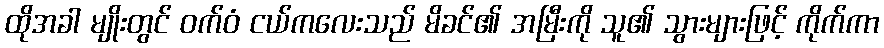
ထိုအခါ မျိုးတွင် ဝက်ဝံ ငယ်ကလေးသည် မိခင်၏ အမြီးကို သူ၏ သွားများဖြင့် ကိုက်ကာ